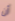
أن